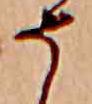
そ